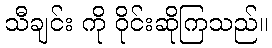
သီချင်း ကို ဝိုင်းဆိုကြသည်။